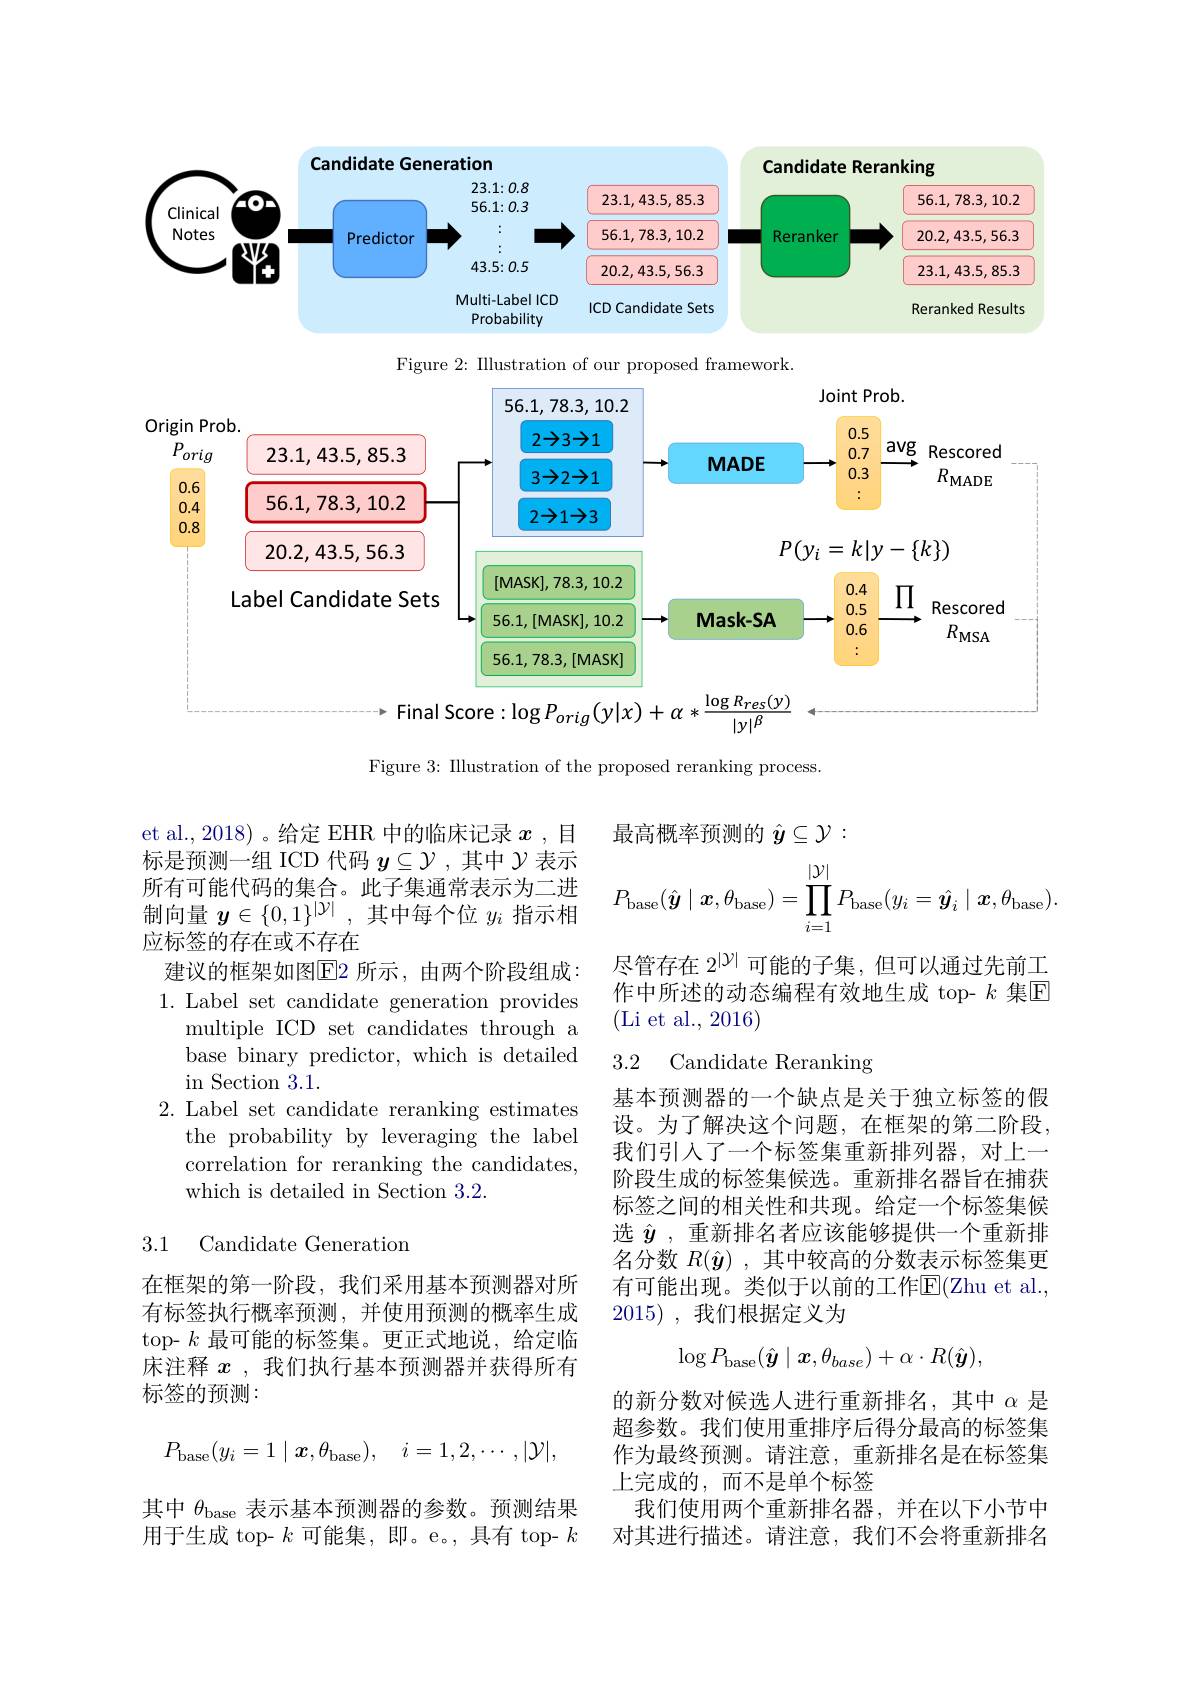
<FigureHere>

<FigureHere>

$|y|^{\beta}$
Figure 3: IIlustration of the proposed reranking process.

最高概率预测的$\hat{y}\subseteq\mathcal{Y}:$
$$P_{\mathrm{base}}(\hat{\boldsymbol{y}}\mid\boldsymbol{x},\theta_{\mathrm{base}})=\prod_{i=1}^{|\mathcal{Y}|}P_{\mathrm{base}}(y_i=\hat{\boldsymbol{y}}_i\mid\boldsymbol{x},\theta_{\mathrm{base}}).$$
尽管存在 2$^{|\mathcal{Y}|}$可能的子集，但可以通过先前工作中所述的动态编程有效地生成 top- $k$ 集$\mathbb{E}$ (Li et al., 2016)

et al.,2018)。给定 EHR 中的临床记录$x$ ,目标是预测一组 ICD 代码$y\subseteq\mathcal{Y}$ ,其中$\mathcal{Y}$表示所有可能代码的集合。此子集通常表示为二进制向量$y\in\{0,1\}^{|\mathcal{Y}|}$,其中每个位$y_i$指示相应标签的存在或不存在
建议的框架如图E2 所示，由两个阶段组成： 1. Label set candidate generation provides
multiple ICD set candidates through a base binary predictor, which is detailed $\operatorname{in}$Section3.1.
2. Label set candidate reranking estimates
the probability by leveraging the label correlation for reranking the candidates, which is detailed in Section 3.2.

# 3.2 Candidate Reranking

基本预测器的一个缺点是关于独立标签的假设。为了解决这个问题，在框架的第二阶段， 我们引入了一个标签集重新排列器，对上一阶段生成的标签集候选。重新排名器旨在捕获标签之间的相关性和共现。给定一个标签集候选$\hat{y}$ ,重新排名者应该能够提供一个重新排名分数$R(\hat{\boldsymbol{y}})$ ,其中较高的分数表示标签集更有可能出现。类似于以前的工作$\overline{\mathrm{E}}($Zhu et al. 2015) , 我们根据定义为

3.1 Candidate Generation

在框架的第一阶段，我们采用基本预测器对所有标签执行概率预测，并使用预测的概率生成top- $k$最可能的标签集。更正式地说，给定临床注释$x$ ,我们执行基本预测器并获得所有标签的预测：
$$\log P_{\mathrm{base}}(\hat{y}\mid x,\theta_{base})+\alpha\cdot R(\hat{\boldsymbol{y}}),$$
$$P_{\mathrm{base}}(y_i=1\mid\boldsymbol{x},\theta_{\mathrm{base}}),\quad i=1,2,\cdots,|\mathcal{Y}|,$$
的新分数对候选人进行重新排名，其中$\alpha$是超参数。我们使用重排序后得分最高的标签集作为最终预测。请注意，重新排名是在标签集上完成的，而不是单个标签
我们使用两个重新排名器，并在以下小节中对其进行描述。请注意，我们不会将重新排名

其中$\theta_\mathrm{base}$表示基本预测器的参数。预测结果用于生成 top- $k$可能集，即。e。,具有 top- $k$